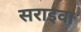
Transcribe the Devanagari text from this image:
सराइवा